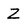
Character: Z